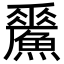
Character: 𩻢